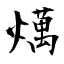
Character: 燤